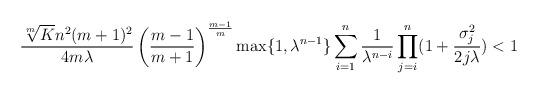
LaTeX: \begin{align*}\frac{\sqrt[m]{K}n^2(m+1)^2}{4m\lambda}\left(\frac{m-1}{m+1}\right)^{\frac{m-1}{m}}\max\{1,\lambda^{n-1}\}\sum_{i=1}^{n}\frac{1}{\lambda^{n-i}}\prod_{j=i}^{n}(1+\frac{\sigma_j^2}{2j\lambda})<1\end{align*}